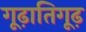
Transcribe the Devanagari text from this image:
गूढ़ातिगूढ़